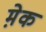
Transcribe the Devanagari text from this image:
मे़क